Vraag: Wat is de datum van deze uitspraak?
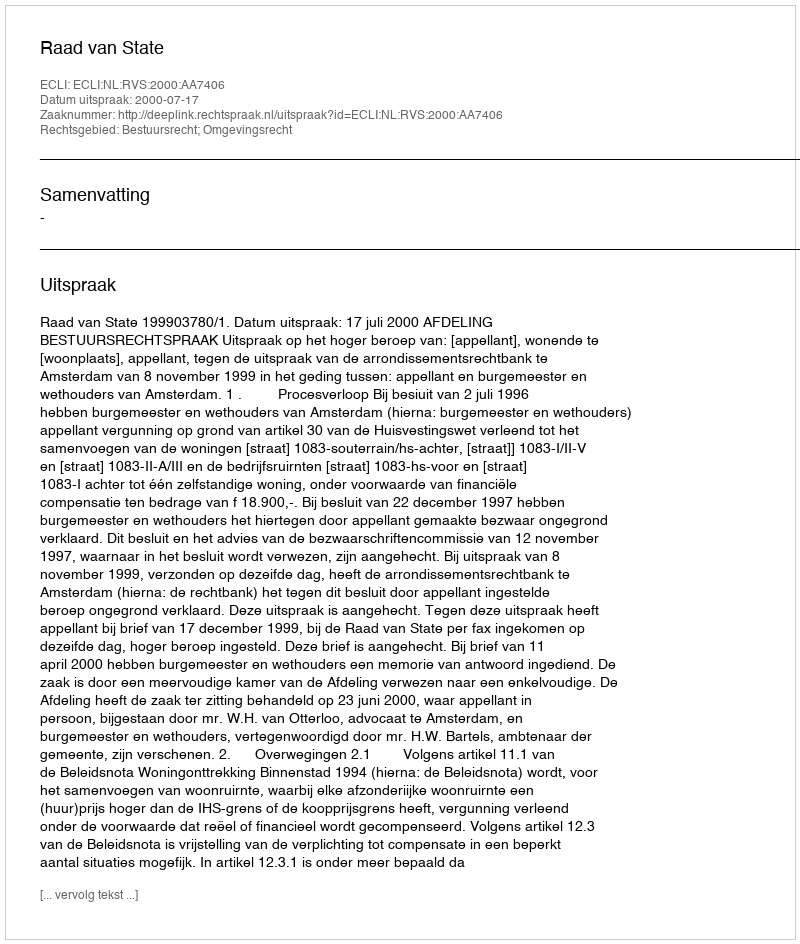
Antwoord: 2000-07-17